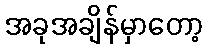
အခုအချိန်မှာတော့